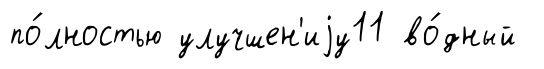
по́лностью улучшен'иjу11 во́дный